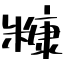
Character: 糠